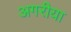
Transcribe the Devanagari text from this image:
अगरीया